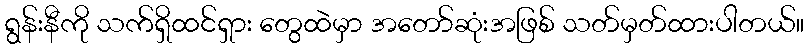
ရွန်းနီကို သက်ရှိထင်ရှား တွေထဲမှာ အတော်ဆုံးအဖြစ် သတ်မှတ်ထားပါတယ်။